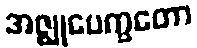
အဇ္ဈုပေက္ခတော